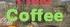
coffee